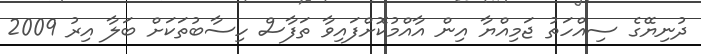
ދުނިޔޭގެ ސިއްހަތު ޖަމިއްޔާ އިން އާއްމުކޮށްފައިވާ ތަފާސް ހިސާބުތަކަށް ބަލާ އިރު 2009